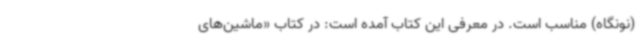
(نونگاه) مناسب است. در معرفی این کتاب آمده است: در کتاب «ماشین‌های